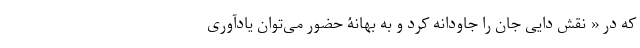
که در « نقش دایی جان را جاودانه کرد و به بهانۀ حضور می‌توان یادآوری